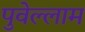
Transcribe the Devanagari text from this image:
पुवेल्लाम